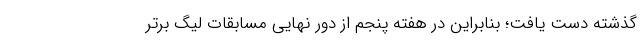
گذشته دست یافت؛ بنابراین در هفته پنجم از دور نهایی مسابقات لیگ برتر